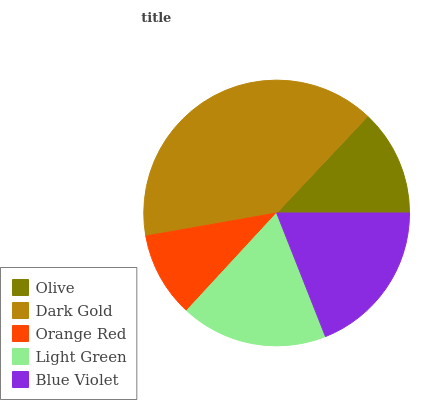
| Olive | Dark Gold | Orange Red | Light Green | Blue Violet |
 | --- | --- | --- | --- | --- |
 | 13% | 39.8% | 10.4% | 17.8% | 19% |